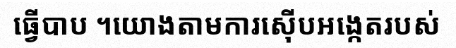
ធ្វើបាប ។យោងតាមការស៊ើបអង្កេតរបស់